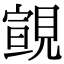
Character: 𧡢